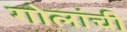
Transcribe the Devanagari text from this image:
गोलांची